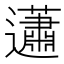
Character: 𧅣